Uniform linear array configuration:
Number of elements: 24
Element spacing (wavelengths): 0.25
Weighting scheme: blackman
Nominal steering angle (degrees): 30
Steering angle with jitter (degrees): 30.276
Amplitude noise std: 0.05
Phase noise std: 0.05

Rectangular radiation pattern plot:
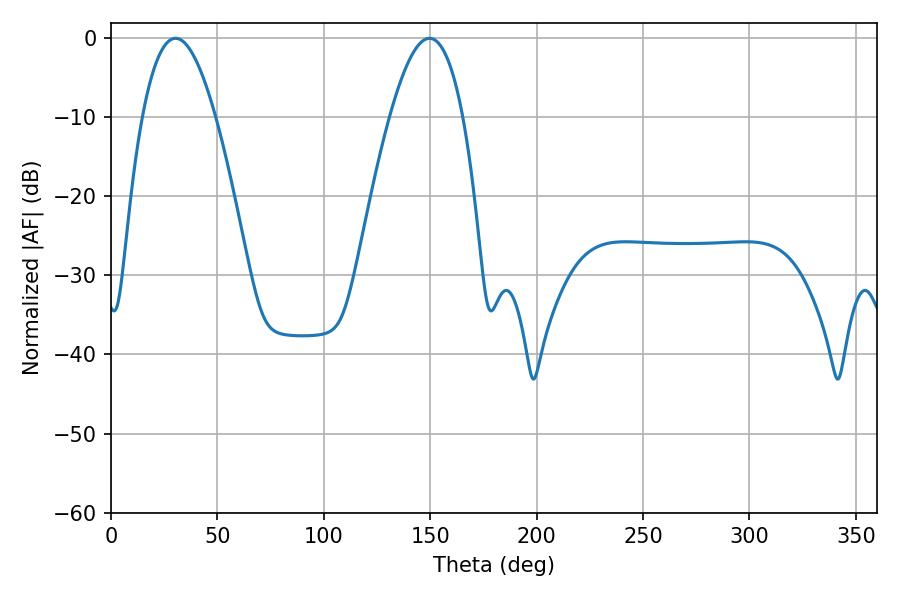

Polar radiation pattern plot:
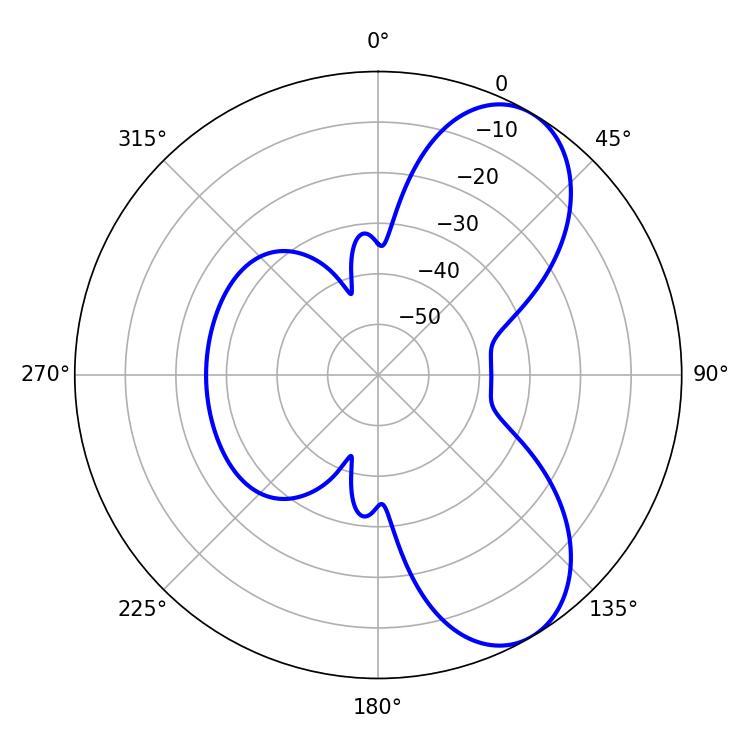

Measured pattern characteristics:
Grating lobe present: FALSE
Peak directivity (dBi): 7.45
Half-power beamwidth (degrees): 18.72
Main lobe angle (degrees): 30.42